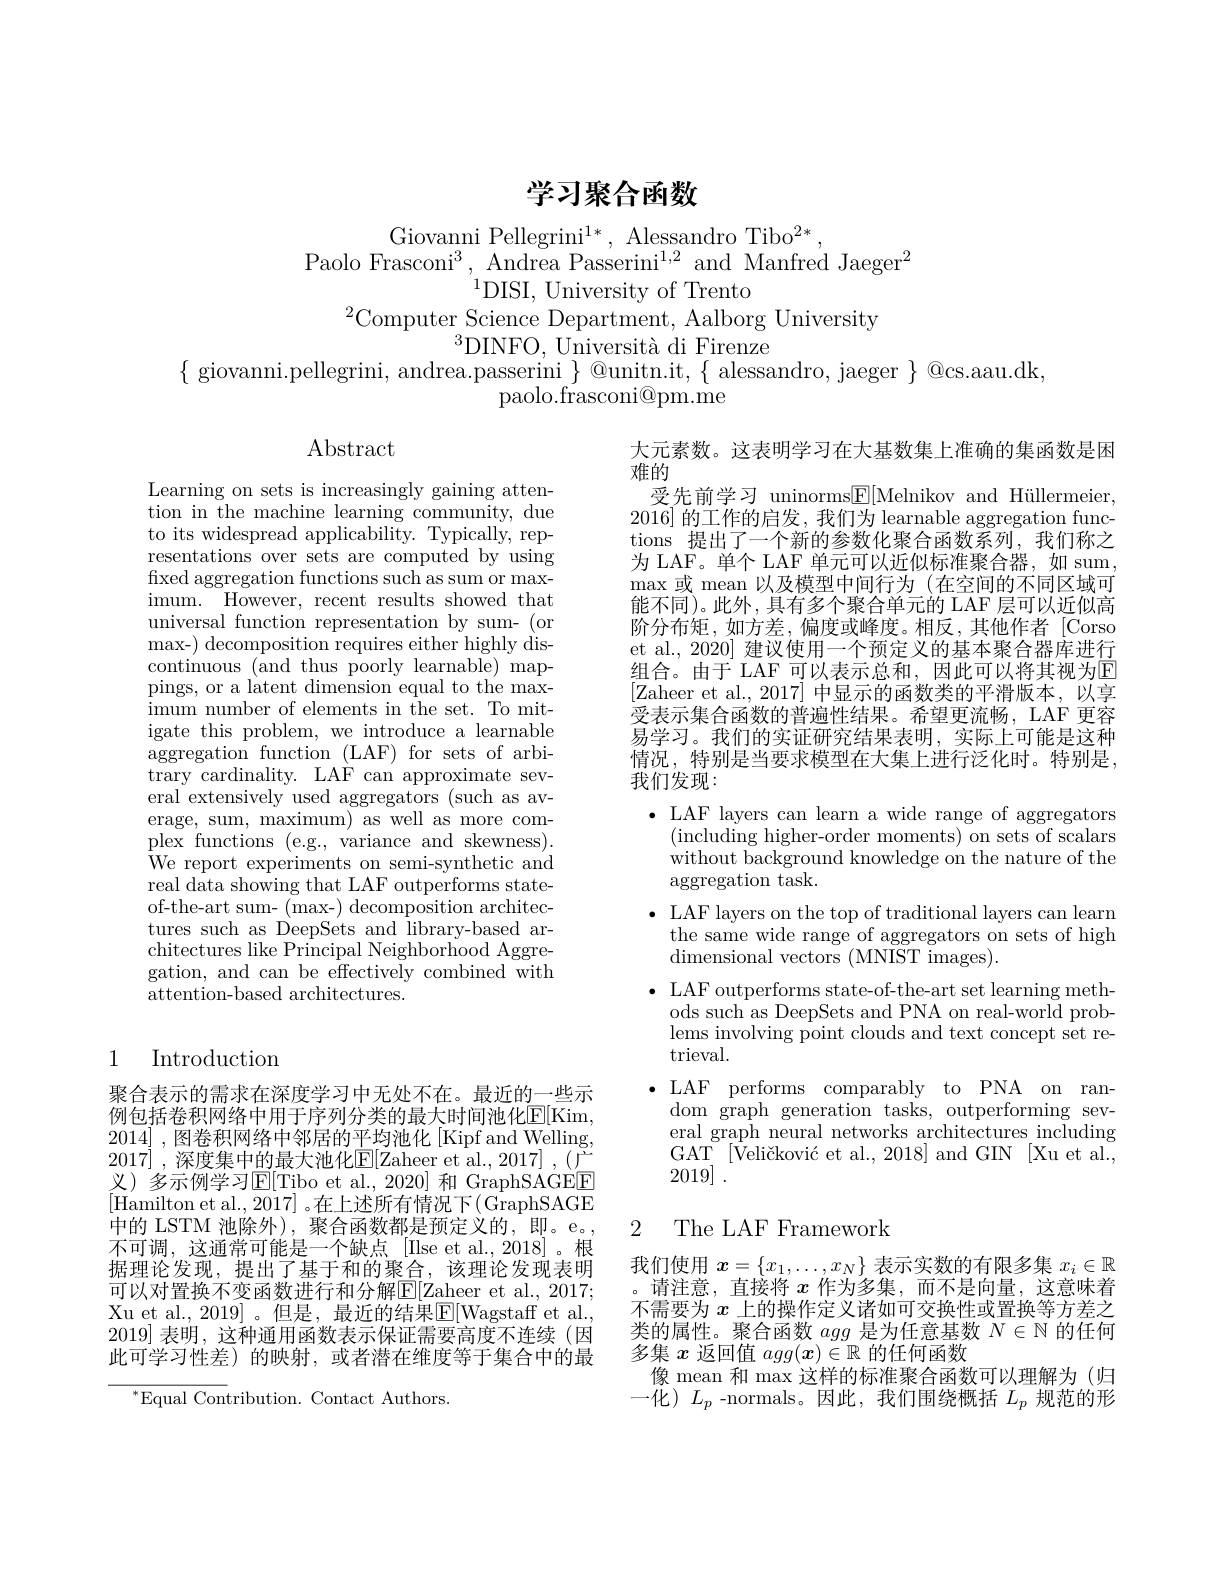
# 学习聚合函数

Giovanni Pellegrini$^1*$, Alessandro Tibo$^2*$,
Paolo Frasconi$^3$, Andrea Passerini$^1,2$ and Manfred Jaeger$^2$
$^{1}$DISI, University of Trento
$^{2}$Computer Science Department, Aalborg University
$^{3}$DINFO, Università di Firenze
$\{$ giovanni.pellegrini, andrea.passerini $\}$ @unitn.it, $\{$ alessandro, jaeger $\}$ @cs.aau.dk,
paolo.frasconi@pm.me

$\operatorname{Abstract}$

Learning on sets is increasingly gaining attention in the machine learning community, due to its widespread applicability. Typically, representations over sets are computed by using fixed aggregation functions such as sum or maximum. However, recent results showed that universal function representation by sum- (or max- ) decomposition requires either highly dis- continuous (and thus poorly learnable) mappings, or a latent dimension equal to the maximum number of elements in the set. To mit- igate this problem, we introduce a learnable aggregation function $(\underline{\mathrm{LAF}})$ for sets of arbitrary cardinality. LAF can approximate several extensively used aggregators (such as average, sum, maximum) as well as more complex functions (e.g., variance and skewness). ${\dot{\text{We report experiments on semi-synthetic and}}}$ real data showing that LAF outperforms stateof-the-art sum- (max-) decomposition architectures such as DeepSets and library-based architectures like Principal Neighborhood Aggregation, and can be effectively combined with attention-based architectures.

## 1 Introduction

聚合表示的需求在深度学习中无处不在。最近的一些示例包括卷积网络中用于序列分类的最大时间池化E[ Kim, 2014] , 图卷积网络中邻居的平均池化 [Kipf and Welling, 2017] , 深 度 集 中 的 最 大 池 化 $\underline {\mathrm{E} }[$Zaheer et al.,2017] , $( \bar{\Gamma }$ 义)多示例学习E[Tibo et al., 2020] 和 GraphSAGEE [Hamilton et al., 2017]。在上述所有情况下(GraphSAGE 中的 LSTM 池除外),聚合函数都是预定义的，即。e。, 不可调，这通常可能是一个缺点[Ilse et al.,2018]。根据理论发现，提出了基于和的聚合，该理论发现表明可以对置换不变函数进行和分解$\overline{\mathrm{E}}[$Zaheer et al., 2017; Xu et al., 2019]。但是，最近的结果$\boxed{\mathrm{E}}[$Wagstaff et al., 2019] 表明，这种通用函数表示保证需要高度不连续 (因此可学习性差)的映射，或者潜在维度等于集合中的最

$^{*}$Equal Contribution. Contact Authors.

大元素数。这表明学习在大基数集上准确的集函数是困
难的
受先前学习 uninorms$\underline{\mathrm{E}}[$Melnikov and Hüllermeier, 2016]的工作的启发，我们为 learnable aggregation functions 提出了一个新的参数化聚合函数系列，我们称之为 LAF。单个 LAF 单元可以近似标准聚合器，如 sum, $\operatorname*{max}$或 mean 以及模型中间行为 (在空间的不同区域可能不同)。此外，具有多个聚合单元的 LAF 层可以近似高阶分布矩，如方差，偏度或峰度。相反，其他作者[Corso et al., 2020] 建议使用一个预定义的基本聚合器库进行组合。由于 LAF 可以表示总和，因此可以将其视为E [Zaheer et al., 2017] 中显示的函数类的平滑版本，以享受表示集合函数的普遍性结果。希望更流畅，LAF 更容易学习。我们的实证研究结果表明，实际上可能是这种情况，特别是当要求模型在大集上进行泛化时。特别是， 我们发现：
$\bullet$ LAF layers can learn a wide range of aggregators
(including higher-order moments) on sets of scalars without background knowledge on the nature of the aggregation task.
$\bullet$ LAF layers on the top of traditional layers can learn the same wide range of aggregators on sets of high ${\mathrm{dimensional~vectors~(MNIST~images).}}$
$\bullet$ LAF outperforms state-of-the-art set learning meth-
ods such as DeepSets and PNA on real-world problems involving point clouds and text concept set retrieval.
$\bullet$LAF performs comparably to PNA on ran-
dom graph generation tasks, outperforming several graph neural networks architectures including GAT$^{-}$[Veličković et al., 2018] and GIN$^{[\text{Xu et al.},}$ 2019] .
2 The LAF Framework

我们使用$x=\{x_1,\ldots,x_N\}$表示实数的有限多集$x_i\in\mathbb{R}$ 。请注意，直接将$x$作为多集，而不是向量，这意味着不需要为$x$上的操作定义诸如可交换性或置换等方差之类的属性。聚合函数agg是为任意基数$N\in\mathbb{N}$的任何多集$x$返回值$agg(\boldsymbol{x})\in\mathbb{R}$的任何函数
像 mean 和 max 这样的标准聚合函数可以理解为 (归一化)$L_p$-normals。因此，我们围绕概括$L_p$规范的形